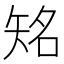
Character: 𥏍